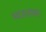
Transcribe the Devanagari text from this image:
भाऊराया।